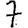
Digit: 7